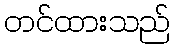
တင်ထားသည်